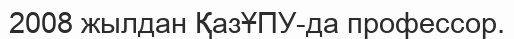
2008 жылдан ҚазҰПУ-да профессор.